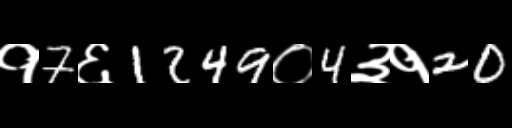
Text: १7६1249०4३१20